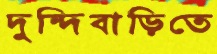
দুন্দিবাড়িতে